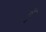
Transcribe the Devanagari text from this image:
गुँ